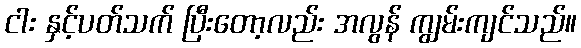
ငါး နှင့်ပတ်သက် ပြီးတော့လည်း အလွန် ကျွမ်းကျင်သည်။